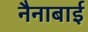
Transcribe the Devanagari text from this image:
नैनाबाई